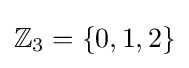
\mathbb {Z} _{3}=\{0,1,2\}